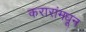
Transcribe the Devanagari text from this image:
करारांमधून